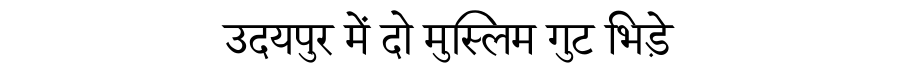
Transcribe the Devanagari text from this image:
उदयपुर में दो मुस्लिम गुट भिड़े